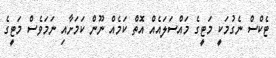
ޓެކްސް ނެގުމަކީ މަޓީގެ މައްސަލައެއް އޮތް ކަމެއް ނޫން ކަމަށާއި ނަމަވެސް މަޓީގެ